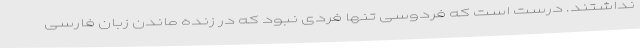
نداشتند. درست است که فردوسی تنها فردی نبود که در زنده ماندن زبان فارسی